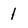
Character: 1